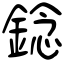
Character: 錜